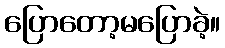
ပြောတော့မပြောခဲ့။